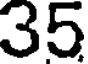
35